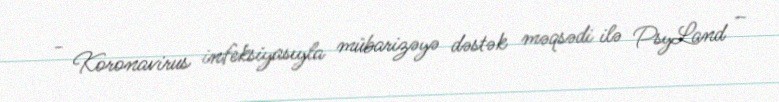
- Koronavirus infeksiyasıyla mübarizəyə dəstək məqsədi ilə PsyLand –